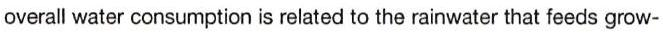
overall water consumption is related to the rainwater that feeds grow-